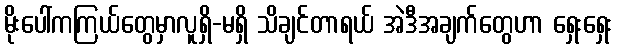
မိုးပေါ်ကကြယ်တွေမှာလူရှိ-မရှိ သိချင်တာရယ် အဲဒီအချက်တွေဟာ ရှေးရှေး